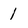
Character: 1